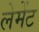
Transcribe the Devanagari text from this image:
लेमेंट